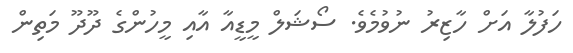
ހަފުލާ އަށް ހާޒިރު ނުވުމެވެ. ސޯޝަލް މީޑީއާ އާއި މީހުންގެ ދޫދޫ މަތިން